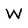
Character: W